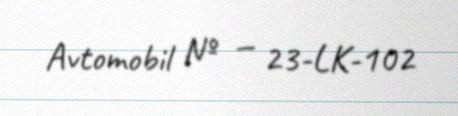
Avtomobil № — 23-LK-102